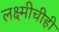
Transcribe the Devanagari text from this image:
लक्ष्मीचीही